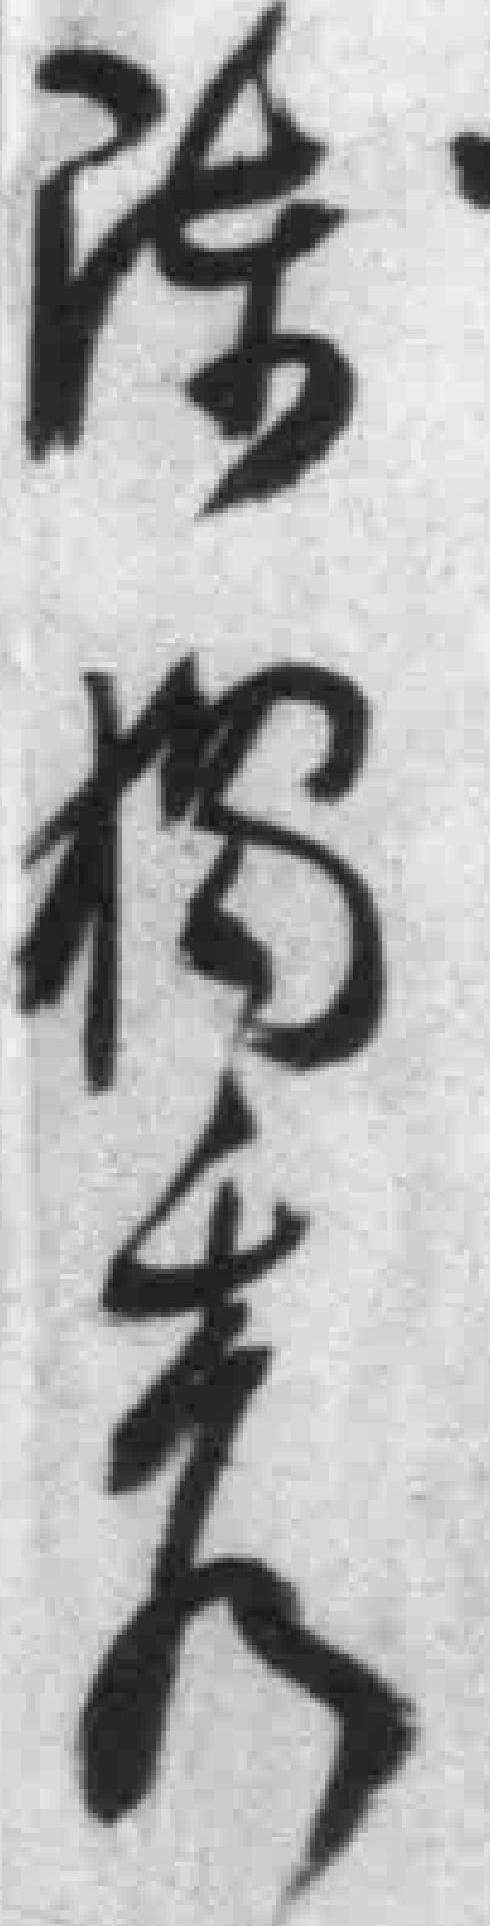
陈獨秀